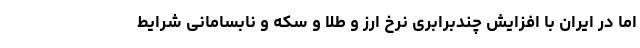
اما در ایران با افزایش چندبرابری نرخ ارز و طلا و سکه و نابسامانی شرایط